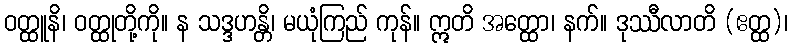
ဝတ္ထူနိ၊ ဝတ္ထုတို့ကို။ န သဒ္ဒဟန္တိ၊ မယုံကြည် ကုန်။ ဣတိ အတ္ထော၊ နက်။ ဒုဿီလာတိ (ဧတ္ထ)၊